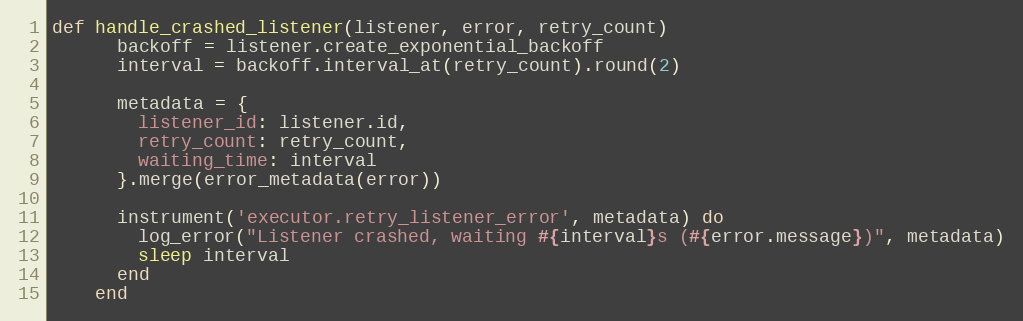
Language: Ruby
def handle_crashed_listener(listener, error, retry_count)
      backoff = listener.create_exponential_backoff
      interval = backoff.interval_at(retry_count).round(2)

      metadata = {
        listener_id: listener.id,
        retry_count: retry_count,
        waiting_time: interval
      }.merge(error_metadata(error))

      instrument('executor.retry_listener_error', metadata) do
        log_error("Listener crashed, waiting #{interval}s (#{error.message})", metadata)
        sleep interval
      end
    end